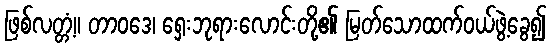
ဖြစ်လတ္တံ့။ တာဝဒေ၊ ရှေးဘုရားလောင်းတို့၏ မြတ်သောထက်ဝယ်ဖွဲ့ခွေ၍